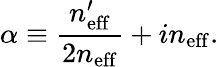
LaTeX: \alpha\equiv\frac{n_{\mathrm{eff}}^{\prime}}{2n_{\mathrm{eff}}}+in_{\mathrm{eff}}.